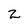
Character: 2